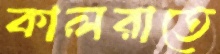
কালরাতে